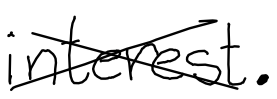
Text: interest.
Cross-out: cross
Writing tool: digital_black